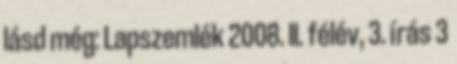
lásd még: Lapszemlék 2008. II. félév, 3. írás 3